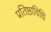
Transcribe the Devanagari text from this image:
प्रतिष्ठाविधि